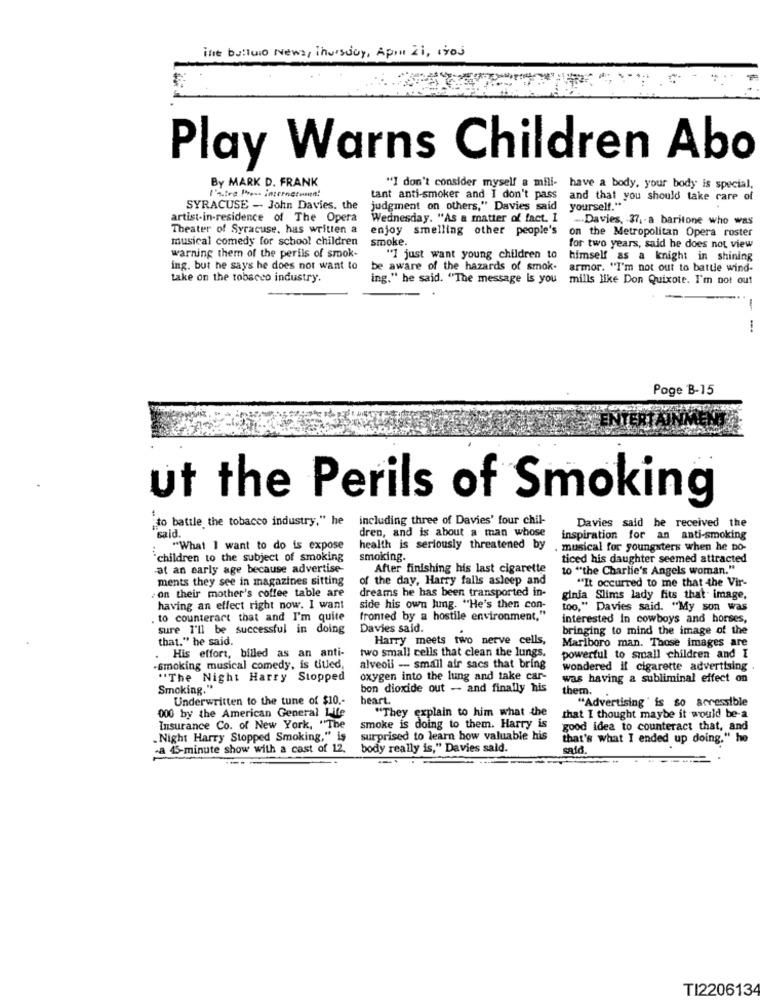
The bulluio News, Thursday, April zi, isos
Play Warns Children Abo
By MARK D. FRANK
"I don't consider myself a mili- have a body, your body is special,
l'a.teg Press internetunn!
tant anti-smoker and I don't pass
and that you should take care of
SYRACUSE - John Davies, the
judgment on others," Davies said
yourself."
artist-in-residence of The Opera
Wednesday. "As a matter of fact, I
Davies, 37 ,- a baritone who was
Theater of Syracuse, has written a
enjoy smelling other people's
on the Metropolitan Opera roster
musical comedy for school children
smoke.
for two years, said he does not view
warning them of the perils of smook.
"I just want young children to
himself as a knight in shining
ing. but he says he does not want to
be aware of the hazards of smok-
armor. "I'm not out to battle wind-
take on the tobacco industry.
ing." he said. "The message is you
mills like Don Quixote. I'm not out
-
Poge B-15
ut the Perils of Smoking
"to battle the tobacco industry," he
including three of Davies' four chil-
"said.
dren, and is about a man whose
Davies said he received the
inspiration for an anti-smoking
"What I want to do is expose
health is seriously threatened by
musical for youngsters when he bo-
`children to the subject of smoking
smoking.
ticed his daughter seemed attracted
at an early age because advertise-
After finishing his last cigarette
to "the Charlie's Angels woman."
ments they see in magazines sitting
of the day, Harry falls asleep and
"It occurred to me that the Vir-
. on their mother's coffee table are
dreams he has been transported in-
ginia Slims lady fits that image,
having an effect right now. I want
side his own lung. "He's then con-
too," Davies said. "My son was
. to counteract that and I'm quite
fronted by a hostile environment."
interested In cowboys and horses,
sure I'll be successful in doing
Davies said.
bringing to mind the image of the
that." he said.
Harry meets two nerve cells,
Marlboro man. Those images are
. His effort, billed as an anti-
two small cells that clean the lungs.
powerful to small children and I
-smoking musical comedy, is titled,
alveoli - small air sacs that bring
wondered if cigarette advertising .
"The Night Harry Stopped
oxygen into the lung and take car-
was having a subliminal effect on
Smoking."
bon dioxide out - and finally his
them.
Underwritten to the tune of $10 .-
heart.
000 by the American General Life
"They explain to him what the
"Advertising is so accessible
that I thought maybe it would be-a
Insurance Co. of New York, "The
smoke is doing to them. Harry is
good idea to counteract that, and
„Night Harry Stopped Smoking," is
surprised to learn how valuable his
that's what I ended up doing." ho
-a 45-minute show with a cast of 12.
body really is," Davies sald.
said.
TI220613